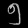
Digit: ၅